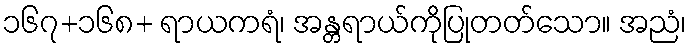
၁၆၇+၁၆၈+ ရာယကရံ၊ အန္တရာယ်ကိုပြုတတ်သော။ အညံ၊